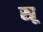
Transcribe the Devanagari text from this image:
स्प्रू